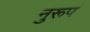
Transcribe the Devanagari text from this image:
नुरूप